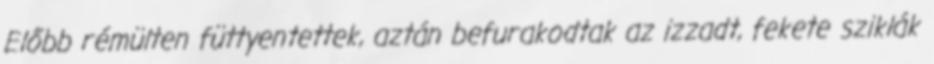
Előbb rémülten füttyentettek, aztán befurakodtak az izzadt, fekete sziklák